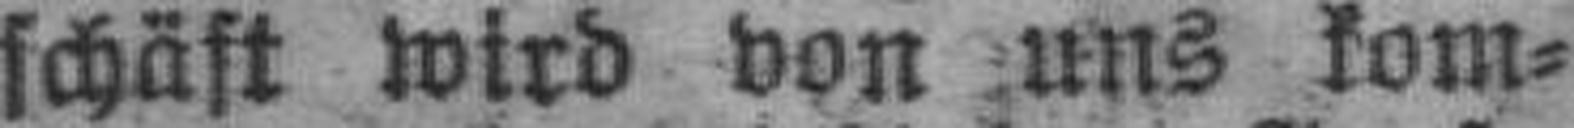
schäft wird von uns kom¬